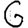
Digit: 6